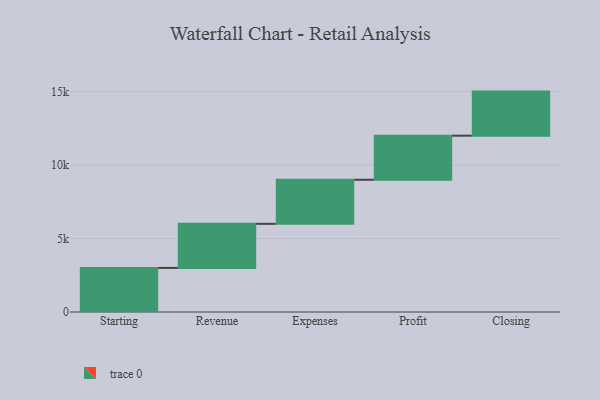
{"axis": {"x": "Step", "y": "Value"}, "legend": [""], "data": [{"x": "Starting", "y": 3000, "type": ""}, {"x": "Revenue", "y": 3000, "type": ""}, {"x": "Expenses", "y": 3000, "type": ""}, {"x": "Profit", "y": 3000, "type": ""}, {"x": "Closing", "y": 3000, "type": ""}]}